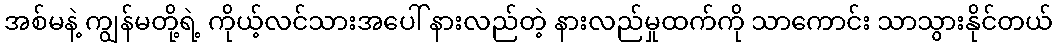
အစ်မနဲ့ ကျွန်မတို့ရဲ့ ကိုယ့်လင်သားအပေါ် နားလည်တဲ့ နားလည်မှုထက်ကို သာကောင်း သာသွားနိုင်တယ်